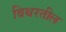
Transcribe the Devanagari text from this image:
बिथरतील